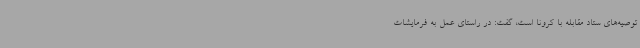
توصیه‌های ستاد مقابله با کرونا است، گفت: در راستای عمل به فرمایشات